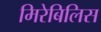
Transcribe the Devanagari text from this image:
मिरेबिलिस